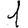
Digit: 1